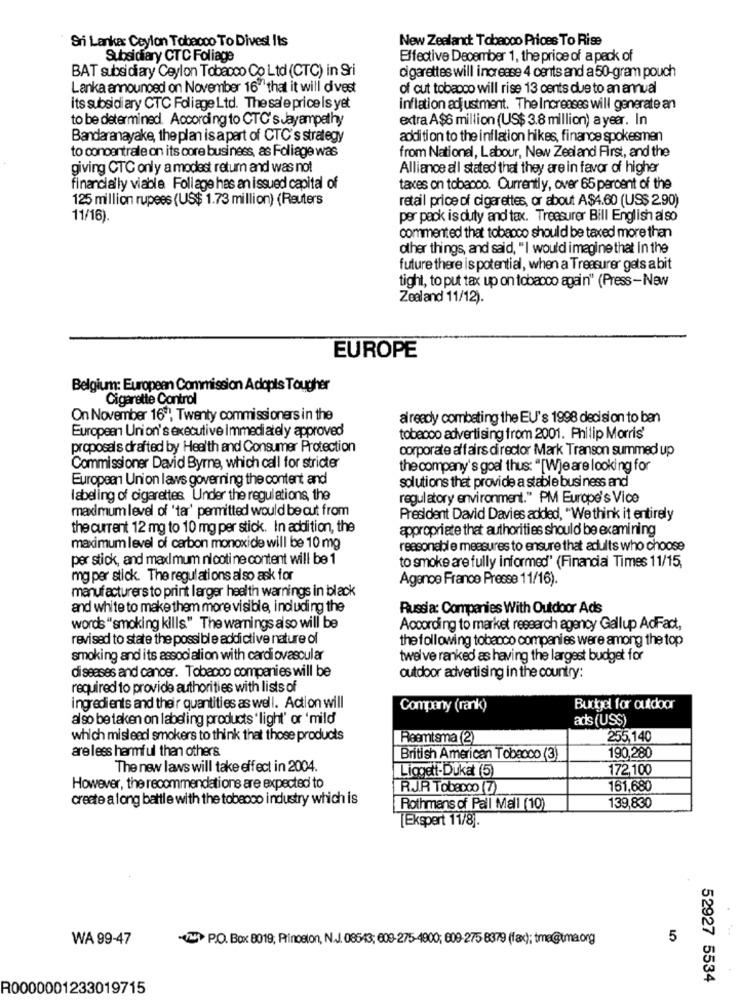
Sri Lanka Ceylon Tobacco To Divest Its
New Zealand Tobacco Prices To Rise
Subsidiary CTC Foliage
Effective December 1, the price of a pack of
BAT subsidiary Ceylon Tobacco Co Ltd (CTC) in Sri
cigarettes will increase 4 cents and a 50-gram pouch
Lanka announced on November 16" that it will dvest
of cut tobacco will rise 13 cents due to an annual
its subsidi ary CTC Foliage Ltd. The sale price is yet
inflation adjustment. The Increases will generate an
to be determined. According to CTC's Jayampathy
extra A$6 million (US$ 3.8 million) a year. In
Bandaranayake, the plan is a part of CTC's strategy
addition to the inflation hikes, finance spokesman
to concentrale on its core business, as Foliage was
from Nationel, Labour, New Zealand First, and the
giving CTC only a modest return and was not
Alliance all stated that they are in favor of higher
financially viable Foliage has an issued capital of
taxes on tobacco. Currently, over 65 percent of the
125 million rupees (US$ 1.73 million) (Reuters
retail price of cigarettes, or about A$4.60 (US$ 2.90)
11/16).
per pack is duty and tax. Treasurer Bill English also
commented that tobacco should be taxed more than
other things, and said, "I would imagine that In the
future there is potential, when a Treasurer gets a bit
tight, to put tax up on tobacco again" (Press-New
Zealand 11/12).
EUROPE
Belgium: European Commission Adopts Tougher
Cigarette Control
On November 16", Twenty commissioners in the
already combating the EU's 1998 decision to ben
European Union's executive Immediately approved
tobecco advertising from 2001. Philip Morris'
proposals drafted by Health and Consumer Protection
corporate affairs director Mark Transon summed up
Commissioner David Byrne, which call for stricter
the company's goal thus: "[Wje are looking for
European Union laws governing the content and
solutions that provide a stable business and
labeling of cigarettes Under the regulations, the
regulatory environment." PM Europe's Vice
maximum level of 'tar' permitted would be cut from
President David Davies added, "We think it entirely
the current 12 mg to 10 mg per stick. In addition, the
appropriate that authorities should be examining
maximum level of carbon monoxide will be 10 mg
reasonable measures to ensure that adults who choose
per stick, and maximum nicotine content will be 1
to smoke are fully informed' (Financial Times 11/15,
mg per stick. The regulations also ask for
Agence France Presse 11/16).
manufacturers to print larger health warnings in black
and white to make them more visible, induding the
Russia: Companies With Outdoor Ads
words "smoking kills" The warnings al so will be
According to market research agency Gallup AdFact,
revised to state the possible addictive nature of
the following tobacco companies were among the top
smoking and its association with cardiovascular
twelve ranked as having the largest budget for
diseases and cancer. Tobacco companies will be
outdoor advertising in the country:
required to provide authorities with lists of
ingredients and their quantities as well. Action will
Company (rank)
Budget for outdoor
also be taken on labeling products ' light' or 'mild
ads (US$)
which mislead smokers to think that those products
Reemtsma (2)
255,140
are less harmful than others
British American Tobacco (3)
190,280
The new laws will take effect in 2004.
Liggett-Dukat (5)
172,100
However, the recommendations are expected to
RJ.R Tobacco (7)
161,680
create a long battle with the tobecco industry which is
Rothmans of Pall Mall (10)
139,830
[Ekspert 11/8].
WA 99-47
-VW P.O. Box 8019; Princeton, N.J. 08543; 609-275-4900; 609-275 8379 (fax); tre@uma.org
5
52927 5534
R0000001233019715